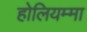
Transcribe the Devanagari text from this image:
होलियम्मा